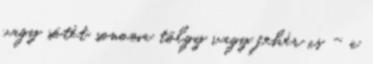
vagy sötét sonoma tölgy vagy fehér is - a